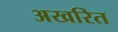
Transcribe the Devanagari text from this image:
अखरित